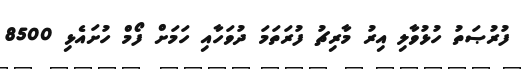
ފުރުޞަތު ހުޅުވާލި އިރު މާރިޗު ފުރަތަމަ ދުވަހާއި ހަމަށް ފޯމް ހުށައެޅި 8500